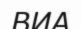
ВИА